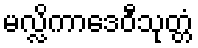
မလ္လိကာဒေဝီသုတ္တံ